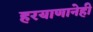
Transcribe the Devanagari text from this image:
हरयाणानेही